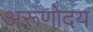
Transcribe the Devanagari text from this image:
अरूणोदय